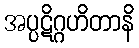
အပ္ပဋိဂ္ဂဟိတာနိ